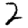
Digit: 2